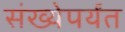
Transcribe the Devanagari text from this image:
संख्येपर्यंत